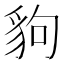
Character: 豿